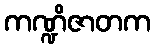
ကဏ္ဍိဇာတက